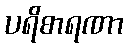
ပရိစာရဏာ